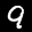
Label: 9